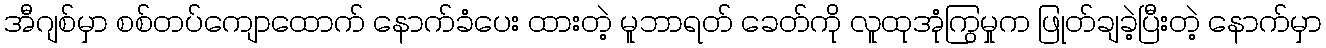
အီဂျစ်မှာ စစ်တပ်ကျောထောက် နောက်ခံပေး ထားတဲ့ မူဘာရတ် ခေတ်ကို လူထုအုံကြွမှုက ဖြုတ်ချခဲ့ပြီးတဲ့ နောက်မှာ